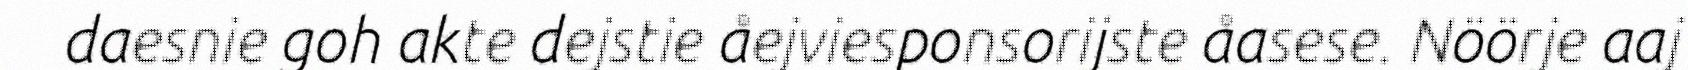
daesnie goh akte dejstie åejviesponsorijste åasese. Nöörje aaj